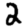
Digit: 2